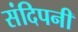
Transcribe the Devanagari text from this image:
संदिपनी